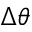
\Delta \theta